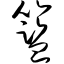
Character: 篮